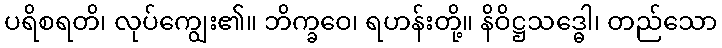
ပရိစရတိ၊ လုပ်ကျွေး၏။ ဘိက္ခဝေ၊ ရဟန်းတို့။ နိဝိဋ္ဌသဒ္ဓေါ၊ တည်သော